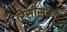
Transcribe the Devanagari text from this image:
रेसीसटेन्ट